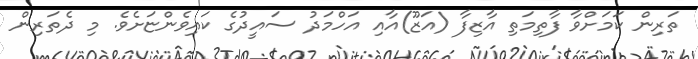
ތަރިން ކަމަށްވާ ފާތިމަތި އާޒިފާ (އަޒޫ)އާއި އަހްމަދު ސައީދުގެ ކައިވެންޏަށެވެ. މި ދެތަރިން